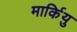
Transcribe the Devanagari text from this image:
मार्कियु